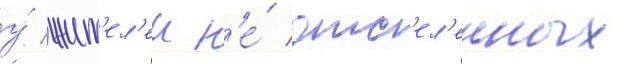
у́ жит'ел'еи н'е́ отс'ел'енных